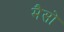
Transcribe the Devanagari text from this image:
मैसो